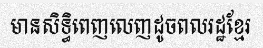
មានសិទ្ធិពេញលេញដូចពលរដ្ឋខ្មែរ